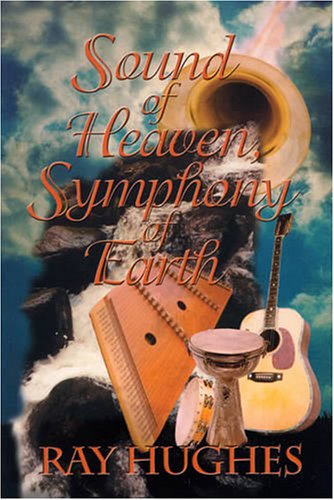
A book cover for Sound of Heaven, Symphony of Earth; Ray Hughes; Christian Books & Bibles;